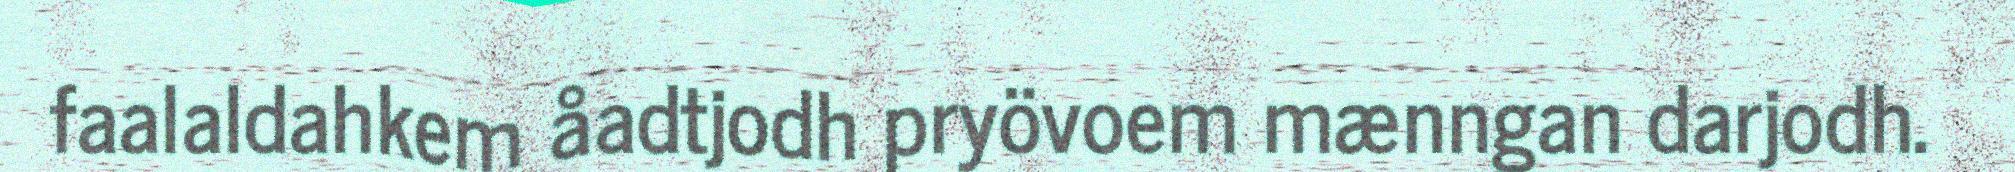
faalaldahkem åadtjodh pryövoem mænngan darjodh.